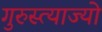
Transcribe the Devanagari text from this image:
गुरुस्त्याज्यो